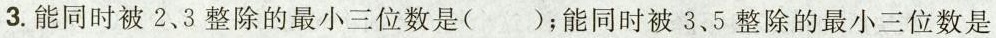
3.能同时被2.3整除的最小三位数是()；能同时被3.5整除的最小三位数是